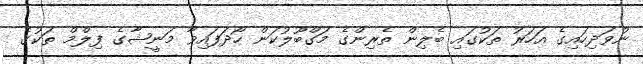
ނުވަދިހައިގެ އަހަރު ތަކުގައި ބެލިން ތެރިންގެ މަގްބޫލުކަން ހޯދަފައިވާ މަނީޝާގެ ފިލްމް ތަކުގެ